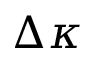
\Delta \kappa